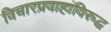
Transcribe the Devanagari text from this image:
विचारप्रवाहांविरुद्ध